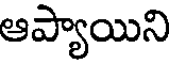
ఆప్యాయిని